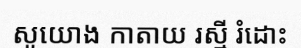
សូយោង កាតាយ រស្មី រំដោះ